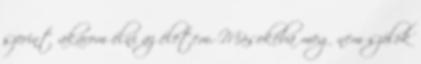
szerint akarom élni az életem. Másokéba meg nem szólok